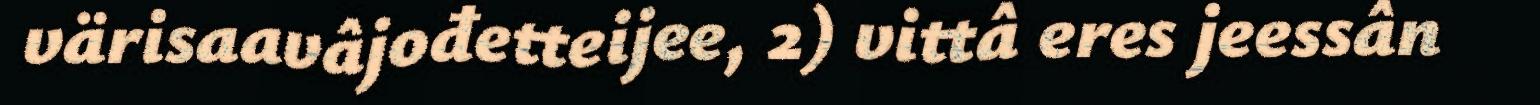
värisaavâjođetteijee, 2) vittâ eres jeessân